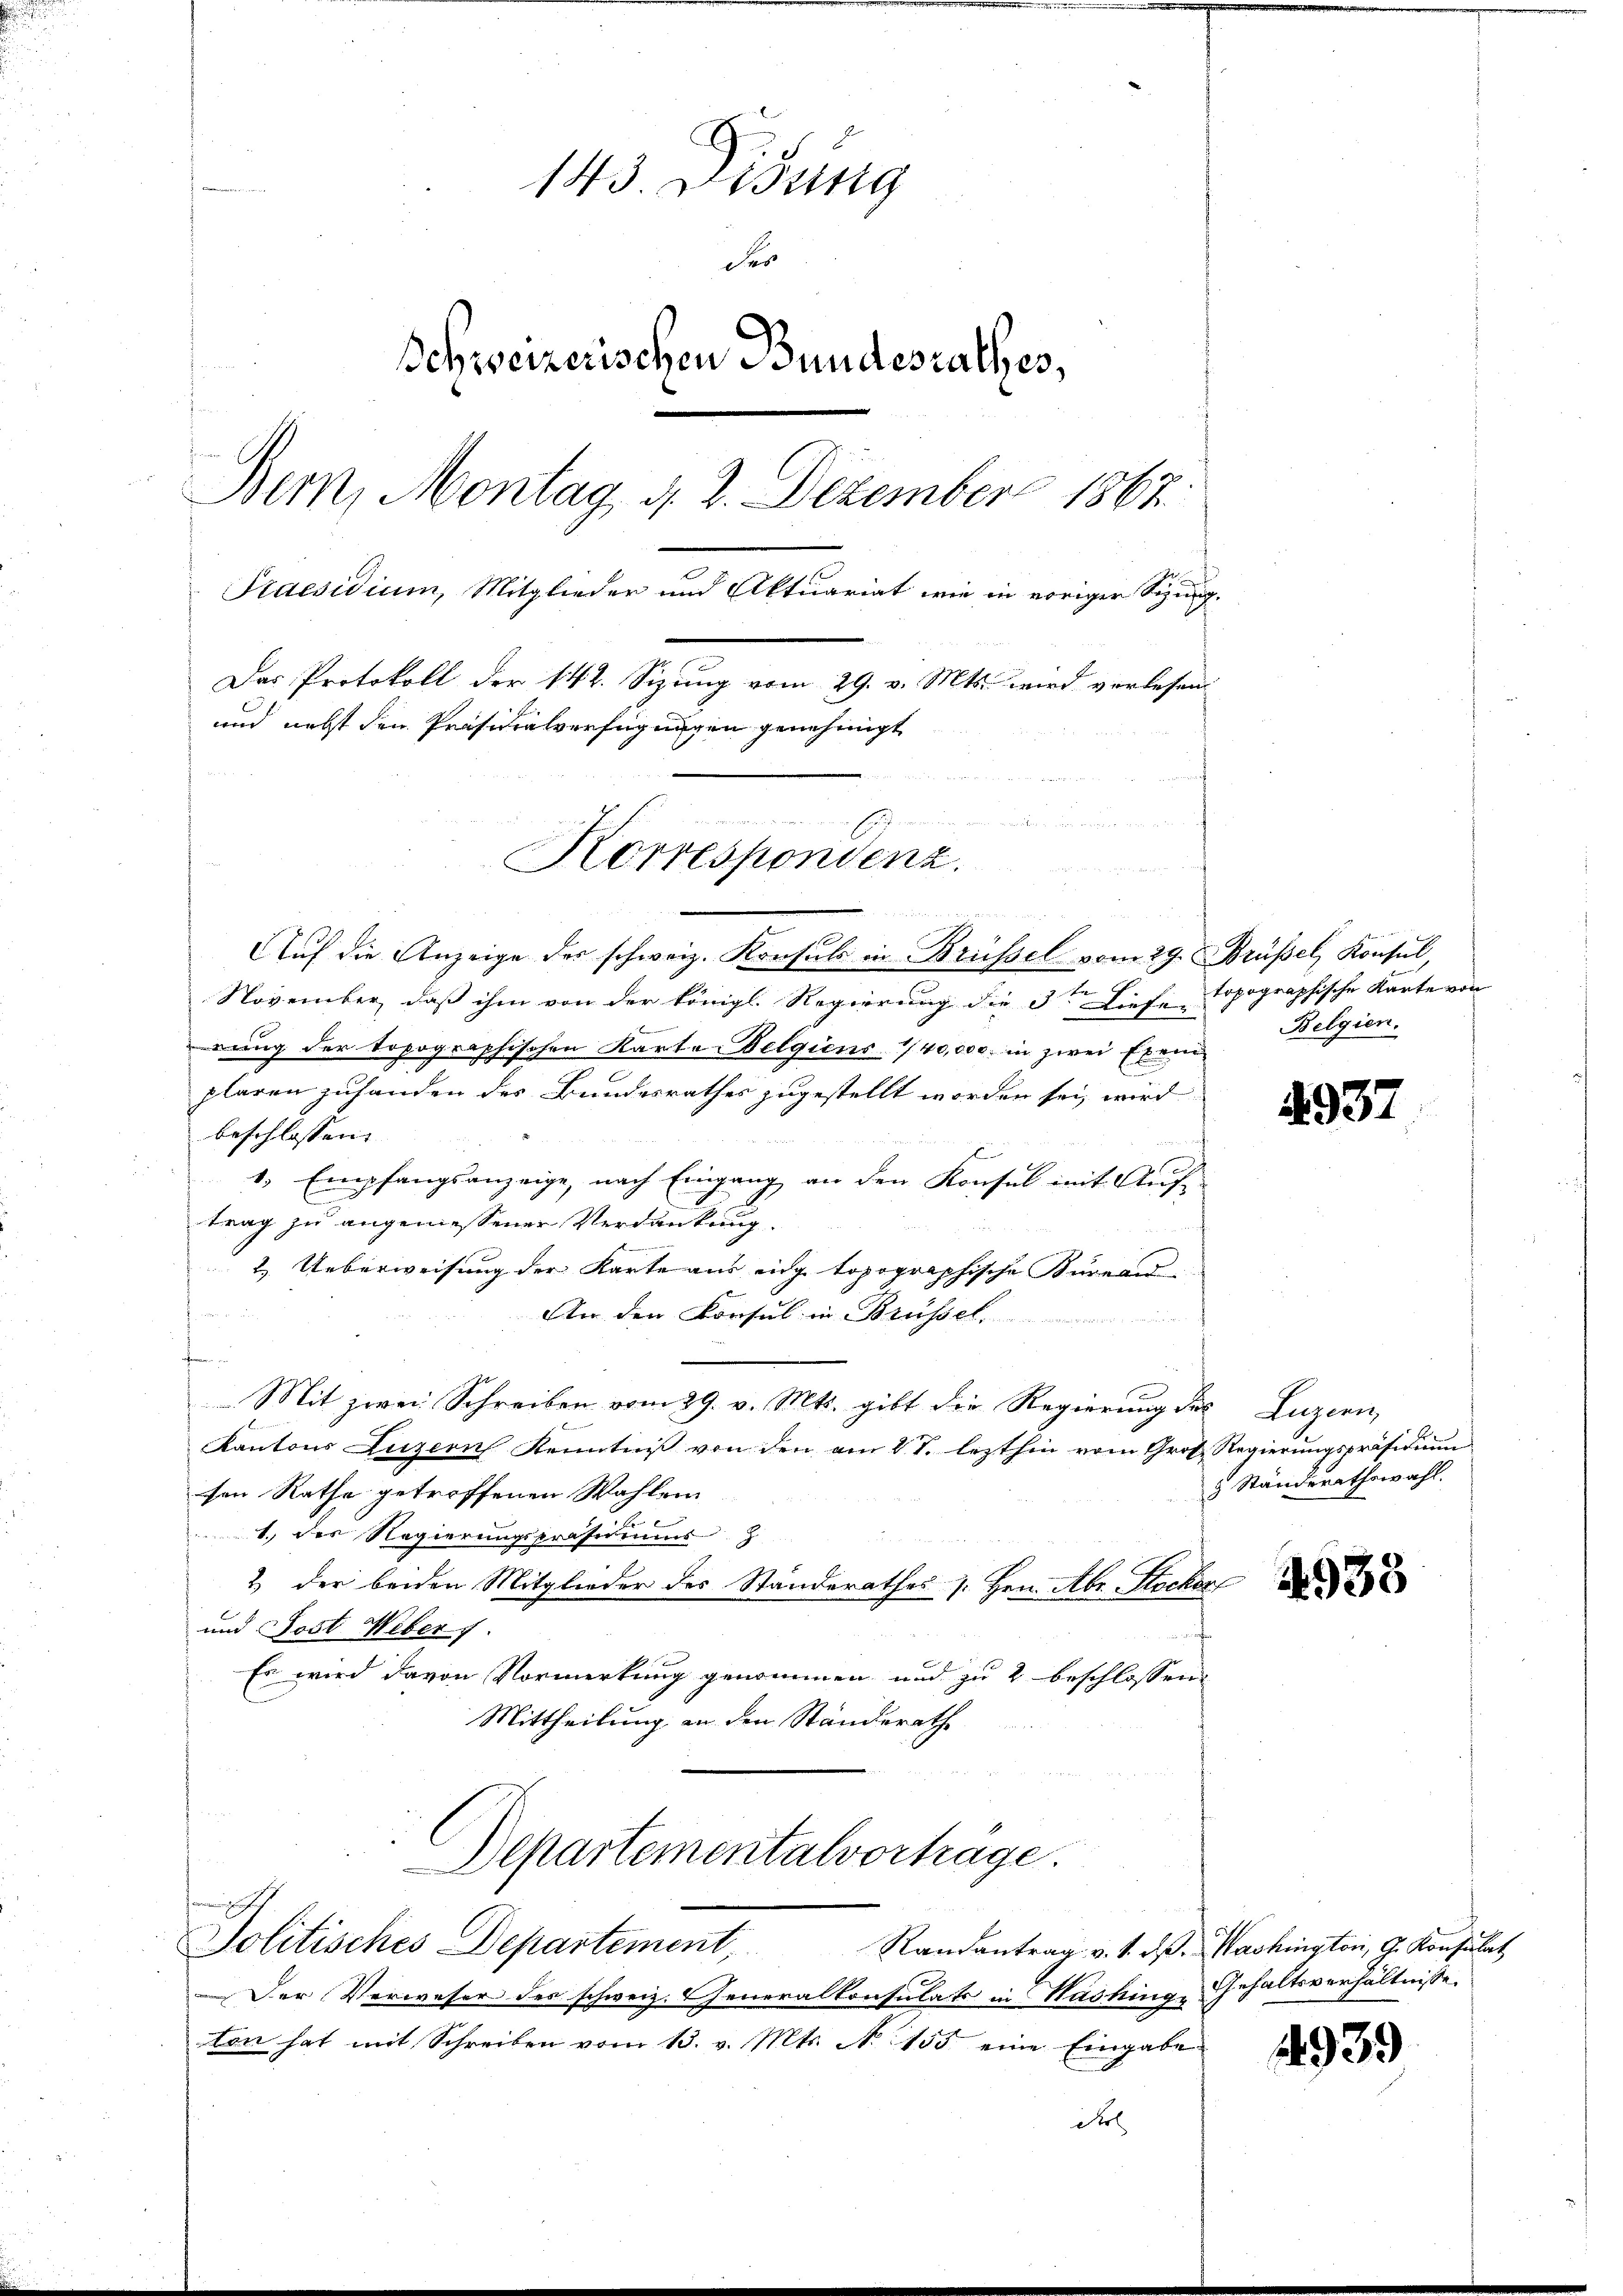
143. Dedung
der
Schweizerischen Bundesrathes,
Bem, Montag d. 2. Dezember 1867.
Praesidium, Mitglieder und Aktuariat wie in voriger Sitzung¬
Das Protokoll der 142. Sizung vom 29. v. Mts. wird verlesen
und nebst den Präsidialverfügungen genehmigt
u
i
Korrespondenz

Auf die Anzeige des schweiz. Konsuls in Brüssel vom 29. Brüssel, Konsul,
B
November, daß ihm von der königl. Regierung die 3: Liefe topographische Karte von |
rung der topographischen Karte Belgiens 1/40,000. in zwei Exem
plaren zuhanden des Bundesrathes zugestellt worden sei, wird
beschlossen:
1. Empfangsanzeige, nach Eingang an den Konsul mit Auf
trag zu angemessener Verdankung

2. Ueberweisung der Karte aus eng topographische Bureau
den
An den Konsul in Brüssel
f
Mit zwei Schreiben vom 29. v. Mts. gibt die Regierung des Luzern,
Kantons Luzern Kenntniß von den am 11. lezthin vom Groß Regierungspräsidium
sen Rathe getroffenen Wahlen
1.) Der Regierungspräsidius z
2 der beiden Mitglieder des Standerathes s. Hrn. Aber Stocker
und Post Weber 1.
Es wird davon Vormerkung genommen und zu 2 beschlossen
Mittheilung an den Standerathe
Departementalvortrage.

Der Verweser des schweiz. Generalkonsulats in Washinge Gehaltsverhältnisse
ton hat mit Schreiben vom 13. v. Mts. N. 1155 eine Eingabe
dr

Politisches Departement, Randantrag v. 1. ds. Washington, G. Konsulat

Belgien.

4937

8 Ständerathswahl.

4935

1939